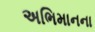
અભિમાનના